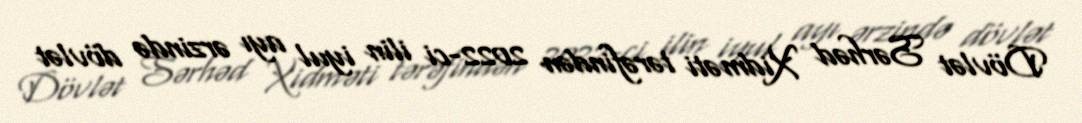
Dövlət Sərhəd Xidməti tərəfindən 2022-ci ilin iyul ayı ərzində dövlət